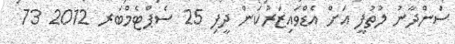
ސަންދާނު ލުތުފީ އަށް އެޑްވައިޒަރުކަން ދީފި 25 ސެޕްޓެމްބަރ 2012 73